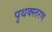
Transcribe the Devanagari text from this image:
पृथक्स्तरण